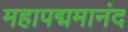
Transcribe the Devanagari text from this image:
महापद्ममानंद